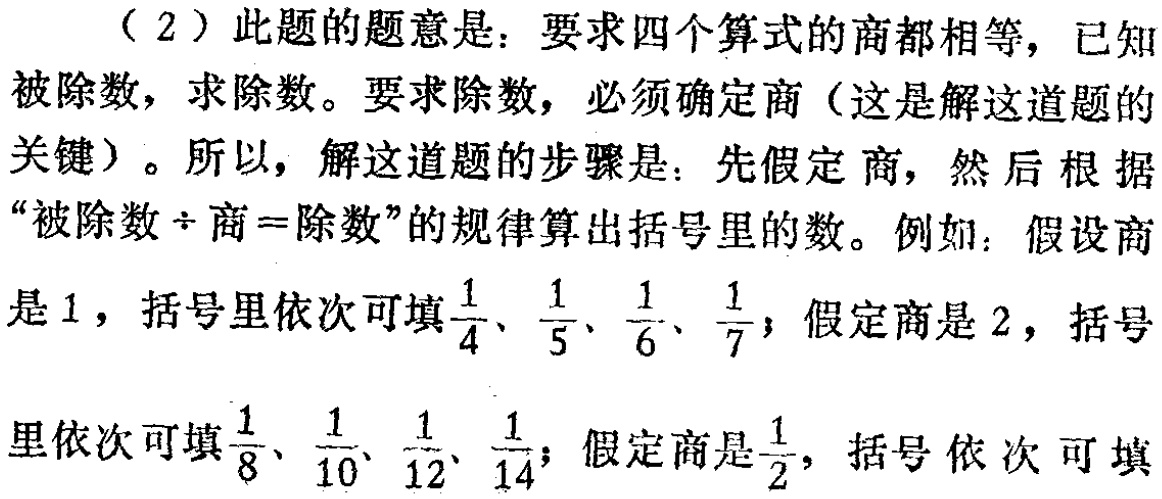
（2）此题的题意是：要求四个算式的商都相等，已知被除数，求除数。要求除数，必须确定商（这是解这道题的关键）。所以，解这道题的步骤是：先假定商，然后根据“被除数\(\div\)商 = 除数”的规律算出括号里的数。例如：假设商是\(1\)，括号里依次可填\(\frac{1}{4}\)、\(\frac{1}{5}\)、\(\frac{1}{6}\)、\(\frac{1}{7}\)；假定商是\(2\)，括号里依次可填\(\frac{1}{8}\)、\(\frac{1}{10}\)、\(\frac{1}{12}\)、\(\frac{1}{14}\)；假定商是\(\frac{1}{2}\)，括号依次可填